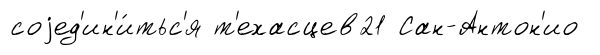
соjед'ин'и́тьс'я т'ехасцев21 Сан-Антон'ио